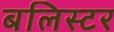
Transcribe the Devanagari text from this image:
बलिस्टर